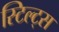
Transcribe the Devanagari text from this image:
स्टिल्ट्स